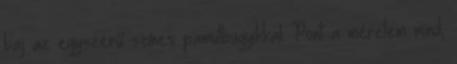
baj az egyszerű színes pamutbugyikkal. Pont a méretem mind,